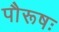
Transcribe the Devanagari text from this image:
पौरूषः